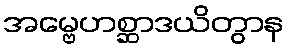
အမ္ဗေဟစ္ဆာဒယိတွာန